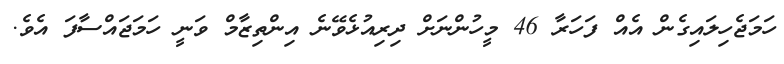
ހަމަޖެހިލައިގެން އެއް ފަހަރާ 46 މީހުންނަށް ދިރިއުޅެވޭނެ އިންތިޒާމް ވަނީ ހަމަޖައްސާފަ އެވެ.